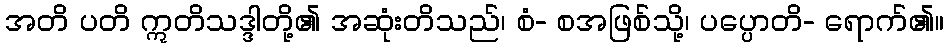
အတိ ပတိ ဣတိသဒ္ဒါတို့၏ အဆုံးတိသည်၊ စံ- စအဖြစ်သို့၊ ပပ္ပောတိ- ရောက်၏။